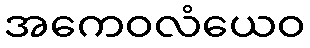
အကေဝလံယေဝ